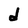
Character: d